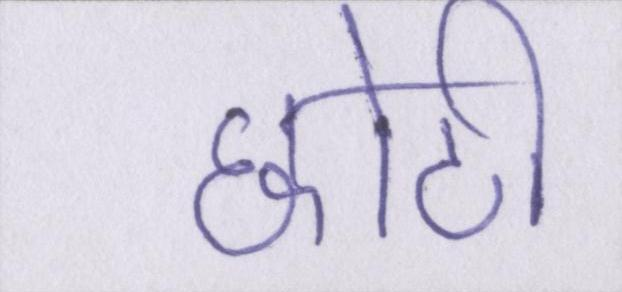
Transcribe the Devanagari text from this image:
छोटी